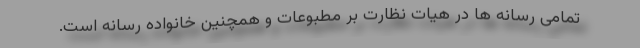
تمامی رسانه ها در هیات نظارت بر مطبوعات و همچنین خانواده رسانه است.